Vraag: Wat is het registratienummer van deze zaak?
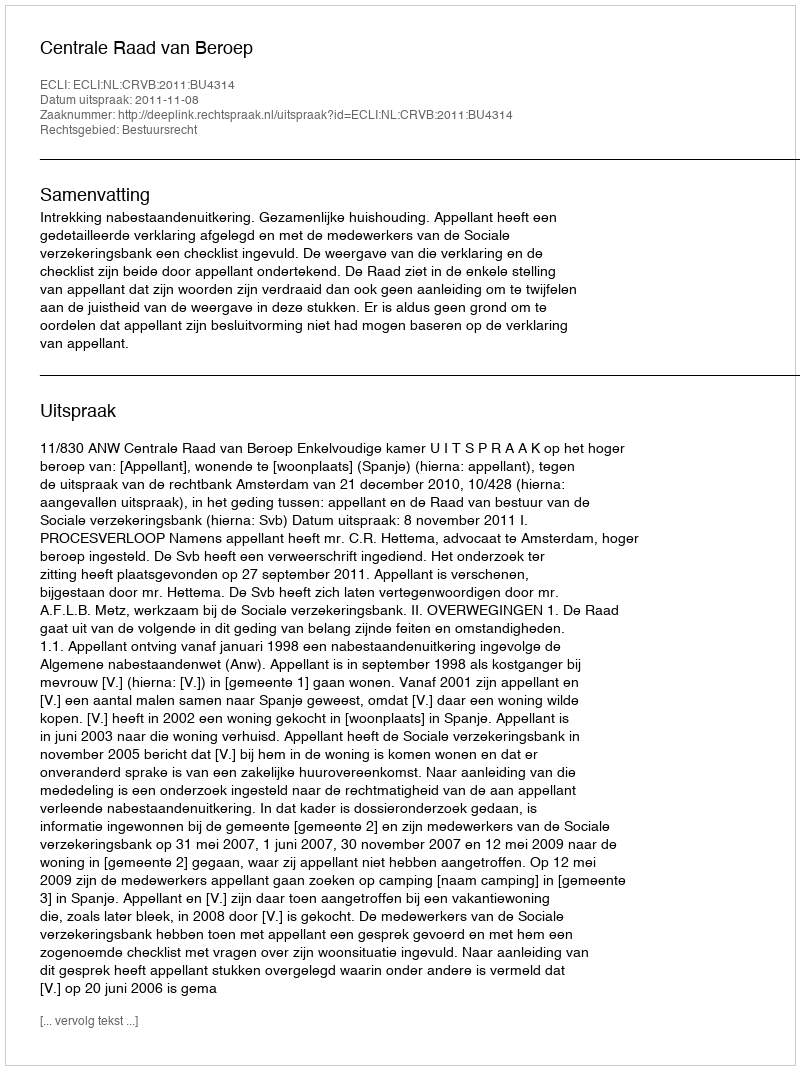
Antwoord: http://deeplink.rechtspraak.nl/uitspraak?id=ECLI:NL:CRVB:2011:BU4314